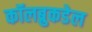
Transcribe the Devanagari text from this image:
कॉलब्रुकडेल